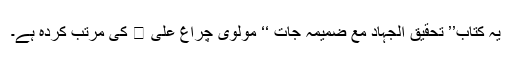
یہ کتاب’’ تحقیق الجہاد مع ضمیمہ جات ‘‘ مولوی چراغ علی  کی مرتب کردہ ہے۔